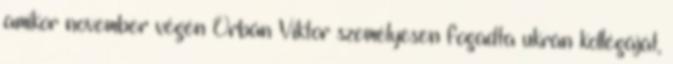
amikor november végén Orbán Viktor személyesen fogadta ukrán kollégáját,